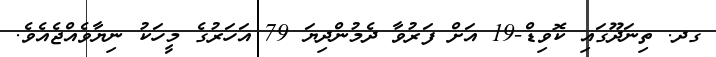
ގދ. ތިނަދޫގައި ކޮވިޑް-19 އަށް ފަރުވާ ދެމުންދިޔަ 79 އަހަރުގެ މީހަކު ނިޔާވެއްޖެއެވެ.